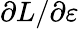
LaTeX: \partial L/\partial\varepsilon